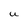
Character: U